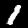
Label: 1